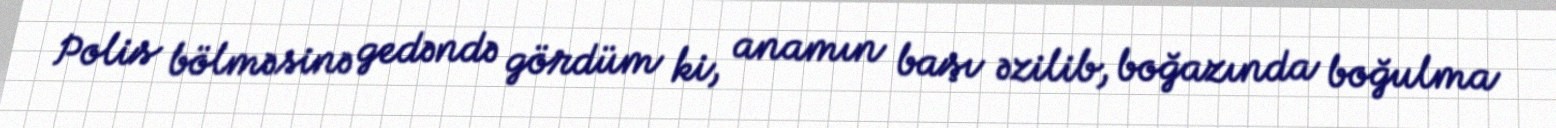
Polis bölməsinə gedəndə gördüm ki, anamın başı əzilib, boğazında boğulma